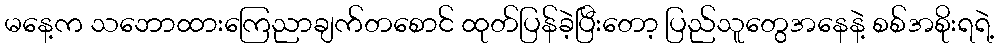
မနေ့က သဘောထားကြေညာချက်တစောင် ထုတ်ပြန်ခဲ့ပြီးတော့ ပြည်သူတွေအနေနဲ့ စစ်အစိုးရရဲ့